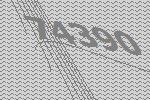
74390